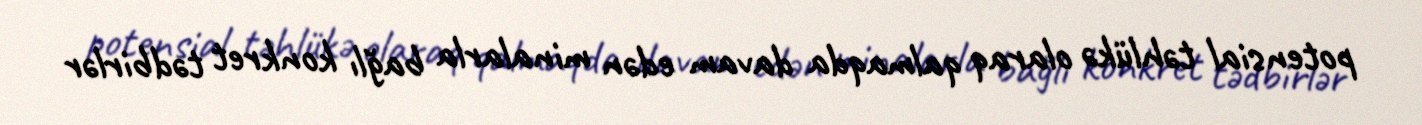
potensial təhlükə olaraq qalmaqda davam edən minalarla bağlı konkret tədbirlər